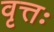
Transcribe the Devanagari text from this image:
वृत्तः